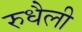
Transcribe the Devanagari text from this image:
रुधैली